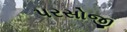
પરસોજી